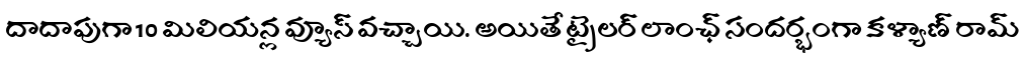
దాదాపుగా 10 మిలియన్ల వ్యూస్ వచ్చాయి. అయితే ట్రైలర్ లాంఛ్ సందర్భంగా కళ్యాణ్ రామ్